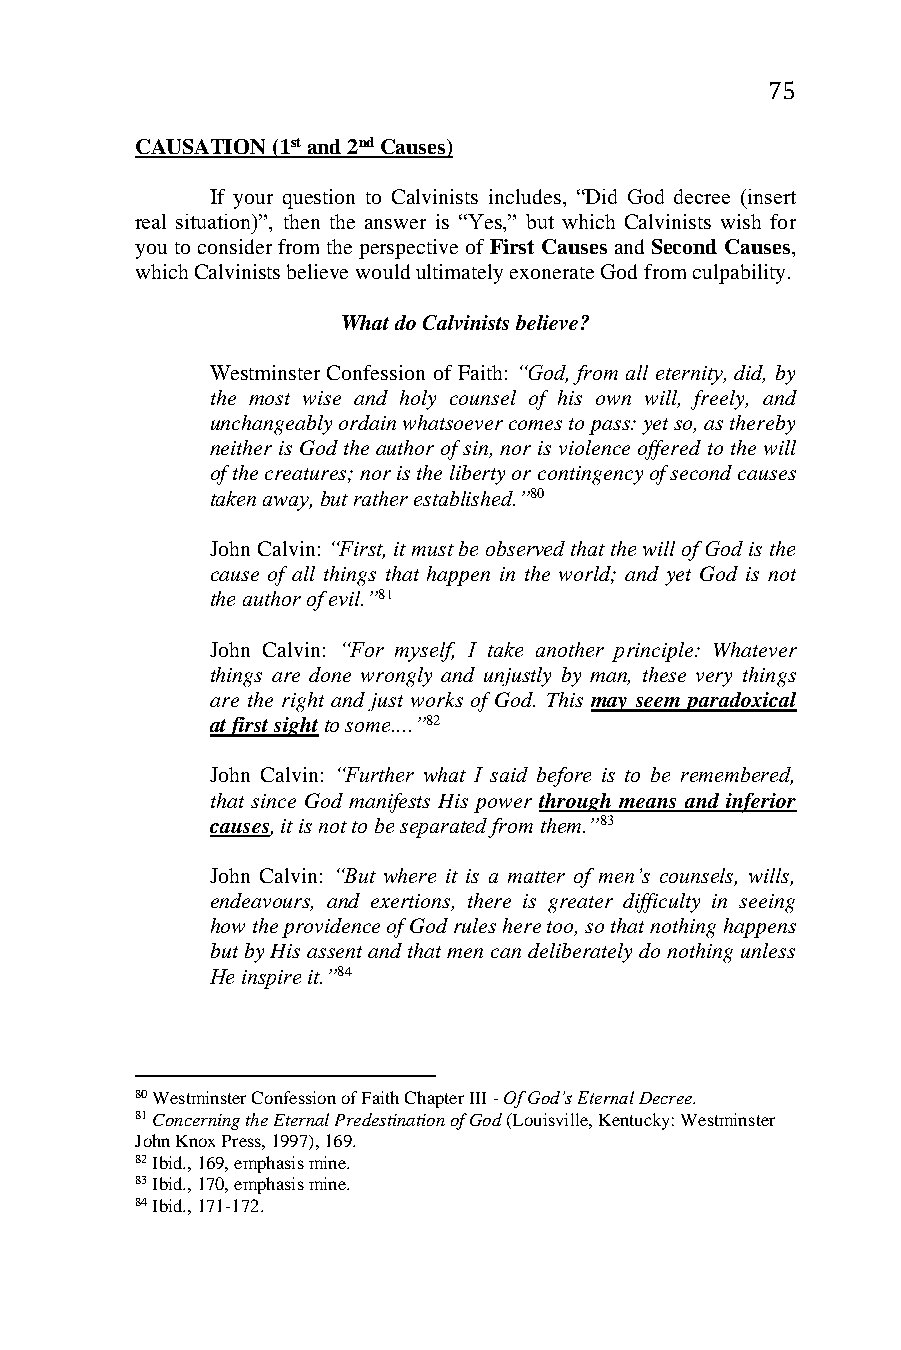
75
 CAUSATION (1st and 2nd Causes)
 If your question to Calvinists includes, “Did God decree (insert
 real situation)”, then the answer is “Yes,” but which Calvinists wish for
 you to consider from the perspective of First Causes and Second Causes,
 which Calvinists believe would ultimately exonerate God from culpability.
 What do Calvinists believe?
 Westminster Confession of Faith: “God, from all eternity, did, by
 the most wise and holy counsel of his own will, freely, and
 unchangeably ordain whatsoever comes to pass: yet so, as thereby
 neither is God the author of sin, nor is violence offered to the will
 of the creatures; nor is the liberty or contingency of second causes
 taken away, but rather established.”80
 John Calvin: “First, it must be observed that the will of God is the
 cause of all things that happen in the world; and yet God is not
 the author of evil.”81
 John Calvin: “For myself, I take another principle: Whatever
 things are done wrongly and unjustly by man, these very things
 are the right and just works of God. This may seem paradoxical
 at first sight to some....”82
 John Calvin: “Further what I said before is to be remembered,
 that since God manifests His power through means and inferior
 causes, it is not to be separated from them.”83
 John Calvin: “But where it is a matter of men’s counsels, wills,
 endeavours, and exertions, there is greater difficulty in seeing
 how the providence of God rules here too, so that nothing happens
 but by His assent and that men can deliberately do nothing unless
 He inspire it.”84
 80 Westminster Confession of Faith Chapter III - Of God’s Eternal Decree.
 81 Concerning the Eternal Predestination of God (Louisville, Kentucky: Westminster
 John Knox Press, 1997), 169.
 82 Ibid., 169, emphasis mine.
 83 Ibid., 170, emphasis mine.
 84 Ibid., 171-172.